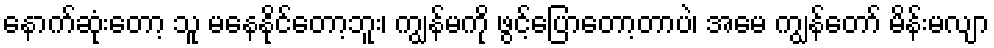
နောက်ဆုံးတော့ သူ မနေနိုင်တော့ဘူး၊ ကျွန်မကို ဖွင့်ပြောတော့တာပဲ၊ အမေ ကျွန်တော် မိန်းမလျာ